Vaccination returns of the Province of Eastern Bengal and Assam - 1905-1912
Year: 1905
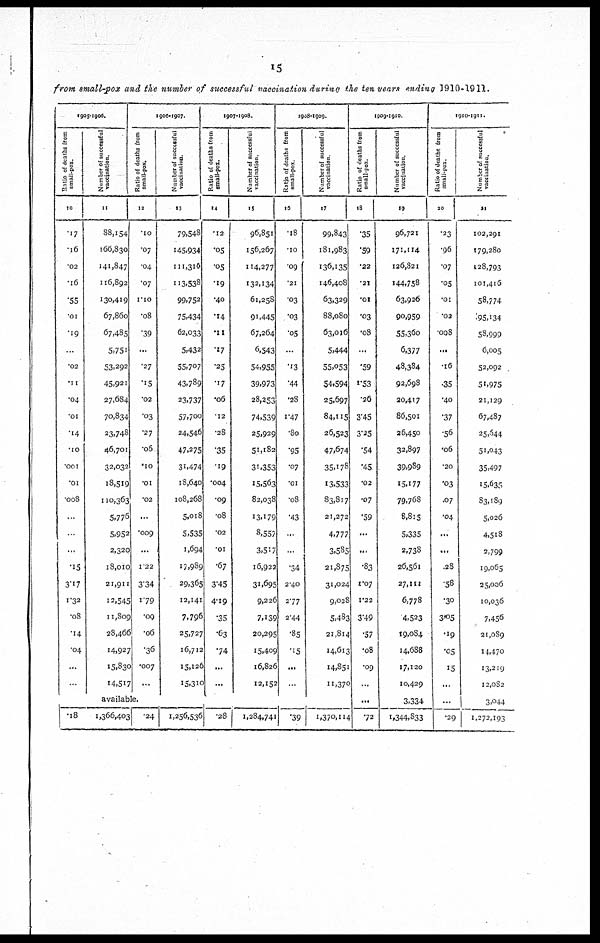
15
from small-pox and the number of successful vaccination during the ten years ending 1910-1911.
1905-1906.
Ratio of deaths from
small-pox.
10
.17
.16
.02
.16
.55
.01
.19
...
.02
.11
.04
.01
.14
.10
.001
.01
.008
...
...
...
.15
3.17
1.32
.08
.14
.04
...
...
Number of successful
vaccination.
11
88,154
166,830
141,847
116,892
130,419
67,860
67,485
5,751
53,292
45,921
27,684
70,834
23,748
46,701
32,032
18,519
110,363
5,776
5,952
2,320
18,010
21,911
12,545
11,809
28,466
14,927
15,830
14,517
1906-1907.
Ratio of deaths from
small-pox.
12
.10
.07
.04
.07
1.10
.08
.39
...
.27
.15
.02
.03
.27
.06
.10
.01
.02
...
.009
...
1.22
3.34
1.79
.09
.06
.36
.007
...
Number of successful
vaccination.
13
79,548
145,934
111,316
113,538
99,752
75,434
62,033
5,432
55,707
43,789
23,737
57,700
24,546
47,275
31,474
18,640
108,268
5,018
5,535
1,694
17,989
29,365
12,141
7,796
25,727
16,712
15,126
15,310
1907-1908.
Ratio of deaths from
small-pox.
14
.12
.05
.05
.19
.40
.14
.11
.17
.25
.17
.06
.12
.28
.35
.19
.004
.09
.08
.02
.01
.67
3.45
4.19
.35
.63
.74
...
...
Number of successful
vaccination.
15
96,851
156,267
114,277
132,134
61,258
91,445
67,264
6,543
54,955
39,973
28,253
74,539
25,929
51,182
31,353
15,563
82,038
13,179
8,557
3,517
16,922
31,695
9,226
7,139
20,295
15,409
16,826
12,152
1908-1909.
Ratio of deaths from
small-pox.
16
.18
.10
.09
.21
.03
.03
.05
...
.13
.44
.28
1.47
.80
.95
.07
.01
.08
.43
...
...
.34
2.40
2.77
2.44
.85
.15
...
...
Number of successful
vaccination.
17
99,843
181,983
136,135
146,408
63,329
88,080
63,016
5,444
55,053
54,594
25,697
84,115
26,523
47,674
35,178
13,533
83,817
21,272
4,777
3,585
21,875
31,024
9,028
5,483
21,814
14,613
14,851
11,370
available.
.18
1,366,403
.24
1,256,536
.28
1,284,741
.39
1,370,114
1909-1910.
Ratio of deaths from
small-pox.
18
.35
.59
.22
.21
.01
.03
.08
...
.59
1.53
.26
3.45
3.25
.54
.45
.02
.07
.59
...
...
.83
1.07
1.22
3.49
.57
.08
.09
...
...
.72
Number of successful
vaccination.
19
96,721
171,114
126,821
144,758
63,926
90,959
55,360
6,377
48,384
92,698
20,417
86,501
26,450
32,897
39,989
15,177
79,768
8,815
5,335
2,738
26,561
27,111
6,778
4,523
19,084
14,688
17,120
10,429
3,334
1,344,833
1910-1911.
Ratio of deathe from
small-pox.
20
.23
.96
.07
.05
.01
.02
.008
...
.16
.35
.40
.37
.56
.06
.20
.03
.07
.04
...
...
.28
.58
.30
3.05
.19
.05
15
...
...
.29
Number of successful
vaccination.
21
102,291
179,280
128,793
101,416
58,774
95,134
58,999
6,005
52,092
51,975
21,129
67,487
25,644
51,043
35,497
15,635
83,189
5,026
4,518
2,799
19,065
25,006
10,036
7,456
21,089
14,470
13,219
12,082
3,044
1,272,193